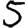
Digit: 5